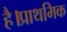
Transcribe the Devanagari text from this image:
है।प्राथमिक